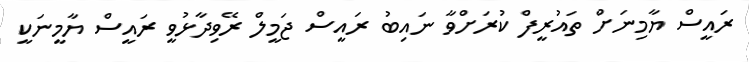
ރައީސް ޔާމިނަށް ތައުރީފް ކުރަށްވާ ނައިބު ރައީސް ޖަމީލް ރޭވިދާޅުވީ ރައީސް ޔާމީނަކީ